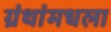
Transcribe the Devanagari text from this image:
ग्रंथांमधला